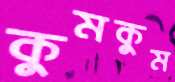
কুমকুম